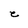
Character: C